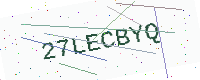
Text: 27LECBYQ